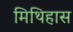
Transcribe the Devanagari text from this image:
मिथिहास